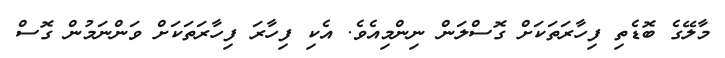
މާލޭގެ ބޮޑެތި ފިހާރަތަކަށް ގޮސްލަން ނިންމިއެވެ. އެކި ފިހާރަ ފިހާރަތަކަށް ވަންނަމުން ގޮސް